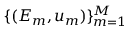
\{ ( E _ { m } , u _ { m } ) \} _ { m = 1 } ^ { M }